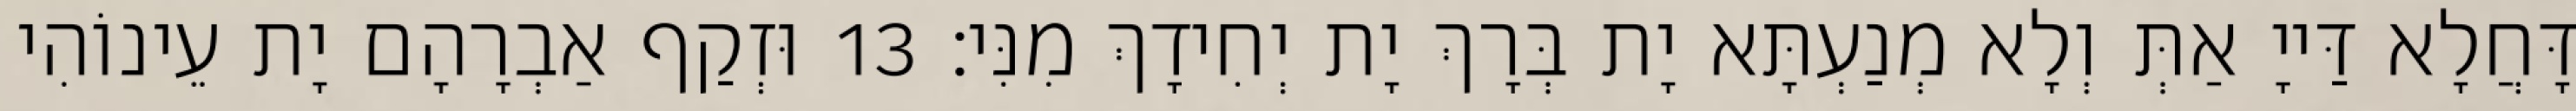
דָּחֲלָא דַּייָ אַתְּ וְלָא מְנַעְתָּא יָת בְּרָךְ יָת יְחִידָךְ מִנִּי׃ 13 וּזְקַף אַבְרָהָם יָת עֵינוֹהִי